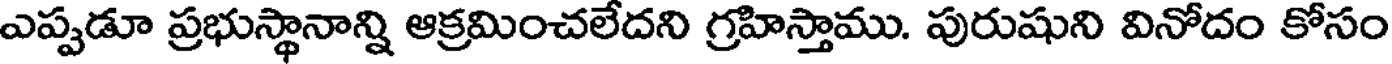
ఎప్పడూ ప్రభుస్థానాన్ని ఆక్రమించలేదని గ్రహిస్తాము. పురుషుని వినోదం కోసం